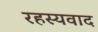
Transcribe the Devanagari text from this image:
रहस्‍यवाद